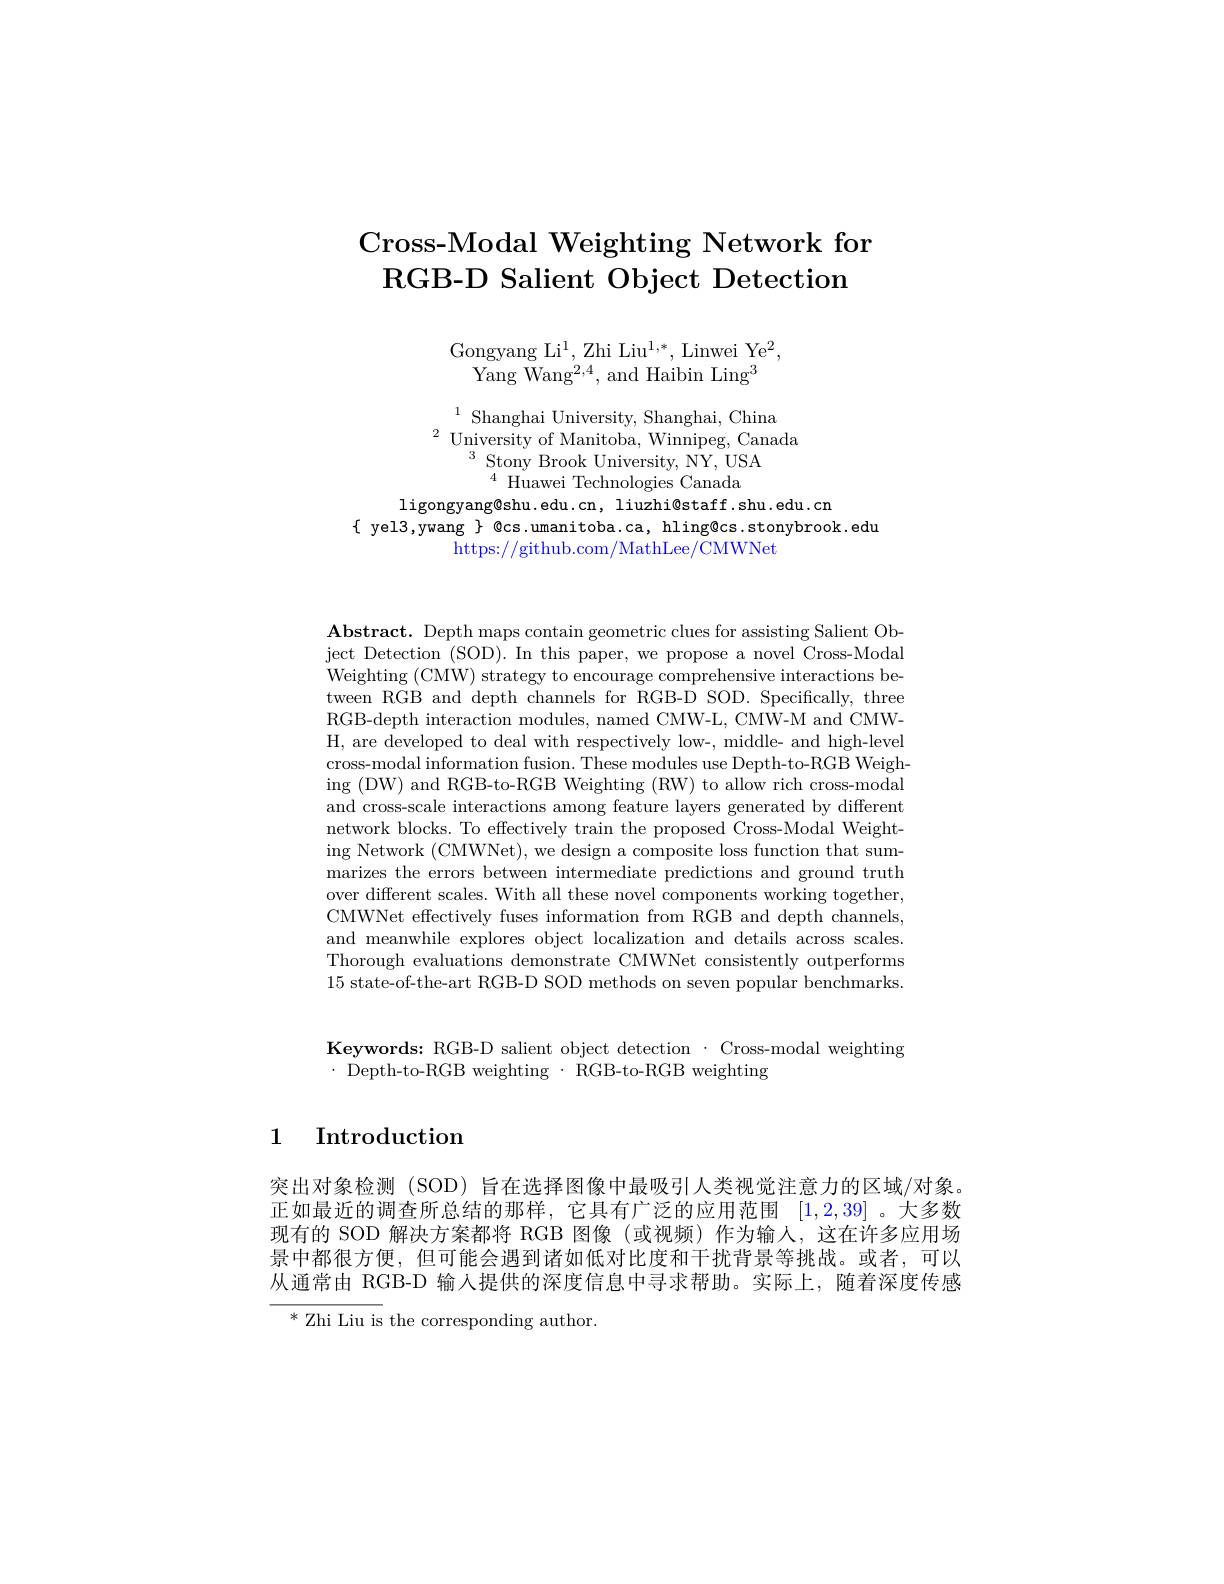
## Cross-Modal Weighting Network for $\textbf{RGB- D Salient Object Detection}$

Gongyang Li$^1$, Zhi Liu$^1,*$, Linwei Ye$^2$,
Yang $\bar{W}$an$g^{2, 4}$, and Haibin Lin$g^{3}$

$\begin{array}{c}^{1}\text{Shanghai University, Shanghai, China}\\\text{University of Manitoba, Winnipeg, Canad}\end{array}$
$^{3}{\mathrm{~Stony~Brook~University,~NY,~USA}}$
$^{4}$ Huawei Technologies Canada

ligongyang@shu.edu.cn, liuzhi@staff.shu.edu.cn
$\{$ yel3,ywang $\}$ @cs.umanitoba.ca, hling@cs.stonybrook.edu
https://github.com/MathLee/CMWNet

$\mathbf{Abstract.~Depth~maps~contain~geometric~clues~for~assisting~Salient~Ob-}$ ject Detection (SOD). In this paper, we propose a novel Cross-Modal Weighting (CMW) strategy to encourage comprehensive interactions between RGB and depth channels for RGB-D SOD. Specifically, three RGB-depth interaction modules, named CMW-L, CMW-M and CMWH, are developed to deal with respectively low-, middle- and high-level cross-modal information fusion. These modules use Depth-to-RGB Weighing (DW) and RGB-to-RGB Weighting (RW) to allow rich cross-modal and cross-scale interactions among feature layers generated by different network blocks. To effectively train the proposed Cross-Modal Weighting Network (CMWNet), we design a composite loss function that summarizes the errors between intermediate predictions and ground truth over different scales. With all these novel components working together, CMWNet effectively fuses information from RGB and depth channels, and meanwhile explores object localization and details across scales. Thorough evaluations demonstrate CMWNet consistently outperforms 15 state-of-the-art RGB-D SOD methods on seven popular benchmarks.

Keywords: RGB-D salient object detection $\cdot$ Cross-modal weighting
$\cdot$Depth-to-RGB weighting$\cdot$RGB-to-RGB weighting

1 Introduction

突出对象检测 (SOD) 旨在选择图像中最吸引人类视觉注意力的区域/对象。正如最近的调查所总结的那样，它具有广泛的应用范围[1,2,39] 。大多数现有的 SOD 解决方案都将 RGB 图像 (或视频) 作为输入，这在许多应用场景中都很方便，但可能会遇到诸如低对比度和干扰背景等挑战。或者，可以从通常由 RGB-D 输入提供的深度信息中寻求帮助。实际上，随着深度传感$^*$ Zhi Liu is the corresponding author.